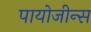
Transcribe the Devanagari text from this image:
पायोजीन्स